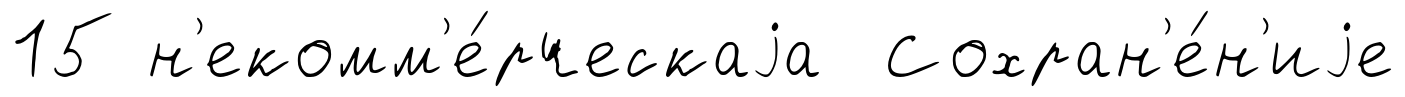
15 н'екомм'е́рческаjа Сохран'е́н'иjе